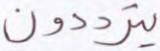
يترددون